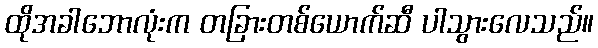
ထိုအခါဘောလုံးက တခြားတစ်ယောက်ဆီ ပါသွားလေသည်။